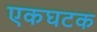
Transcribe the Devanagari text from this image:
एकघटक